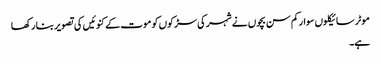
موٹر سائیکلوں سوارکم سن بچوں نے شہر کی سڑکوں کو موت کے کنوئیں کی تصویر بنا رکھا
ہے۔